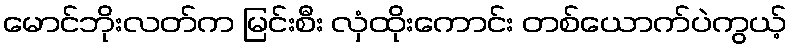
မောင်ဘိုးလတ်က မြင်းစီး လှံထိုးကောင်း တစ်ယောက်ပဲကွယ့်